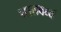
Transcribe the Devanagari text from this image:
घातवर्घ्य